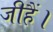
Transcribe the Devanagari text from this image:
जीहैं।